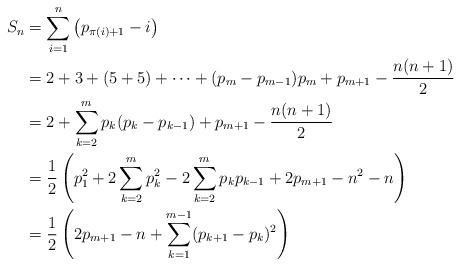
LaTeX: \begin{align*}S_n & = \sum_{i=1}^n \left(p_{\pi(i)+1}-i\right) \\& = 2+3+(5+5)+\cdots+(p_m-p_{m-1})p_m+p_{m+1}-\frac{n(n+1)}{2} \\& = 2+ \sum_{k=2}^m p_k(p_k-p_{k-1})+p_{m+1}- \frac{n(n+1)}{2}\\& = \frac1{2}\left(p_1^2+ 2 \sum_{k=2}^m p_k^2 - 2\sum_{k=2}^m p_kp_{k-1} +2p_{m+1}- n^2-n\right)\\& = \frac1{2}\left(2p_{m+1}-n+ \sum_{k=1}^{m-1} (p_{k+1}-p_k)^2\right)\end{align*}